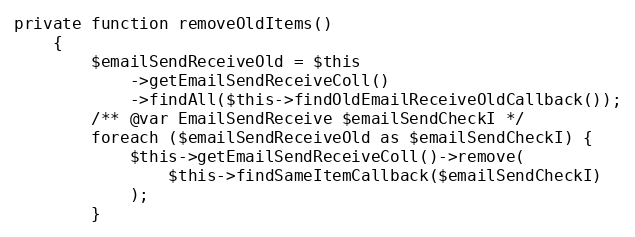
Language: PHP
private function removeOldItems()
    {
        $emailSendReceiveOld = $this
            ->getEmailSendReceiveColl()
            ->findAll($this->findOldEmailReceiveOldCallback());
        /** @var EmailSendReceive $emailSendCheckI */
        foreach ($emailSendReceiveOld as $emailSendCheckI) {
            $this->getEmailSendReceiveColl()->remove(
                $this->findSameItemCallback($emailSendCheckI)
            );
        }